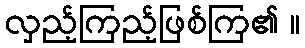
လှည့်ကြည့်ဖြစ်ကြ၏ ။